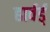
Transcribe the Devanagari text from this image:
हार्वर्ड्